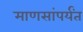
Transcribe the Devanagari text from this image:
माणसांपर्यंत